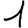
Digit: 1